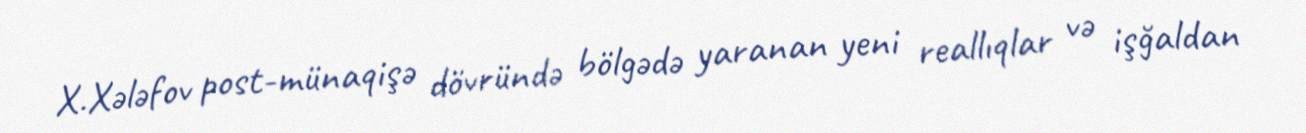
X.Xələfov post-münaqişə dövründə bölgədə yaranan yeni reallıqlar və işğaldan